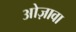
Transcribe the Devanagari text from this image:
ओज़ावा